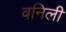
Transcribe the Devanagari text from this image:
वनिली